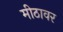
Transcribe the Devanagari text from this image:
मीठावर